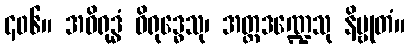
၄၀၆။ အဝိရုဒ္ဓံ ဝိရုဒ္ဓေသု၊ အတ္တဒဏ္ဍေသု နိဗ္ဗုတံ။